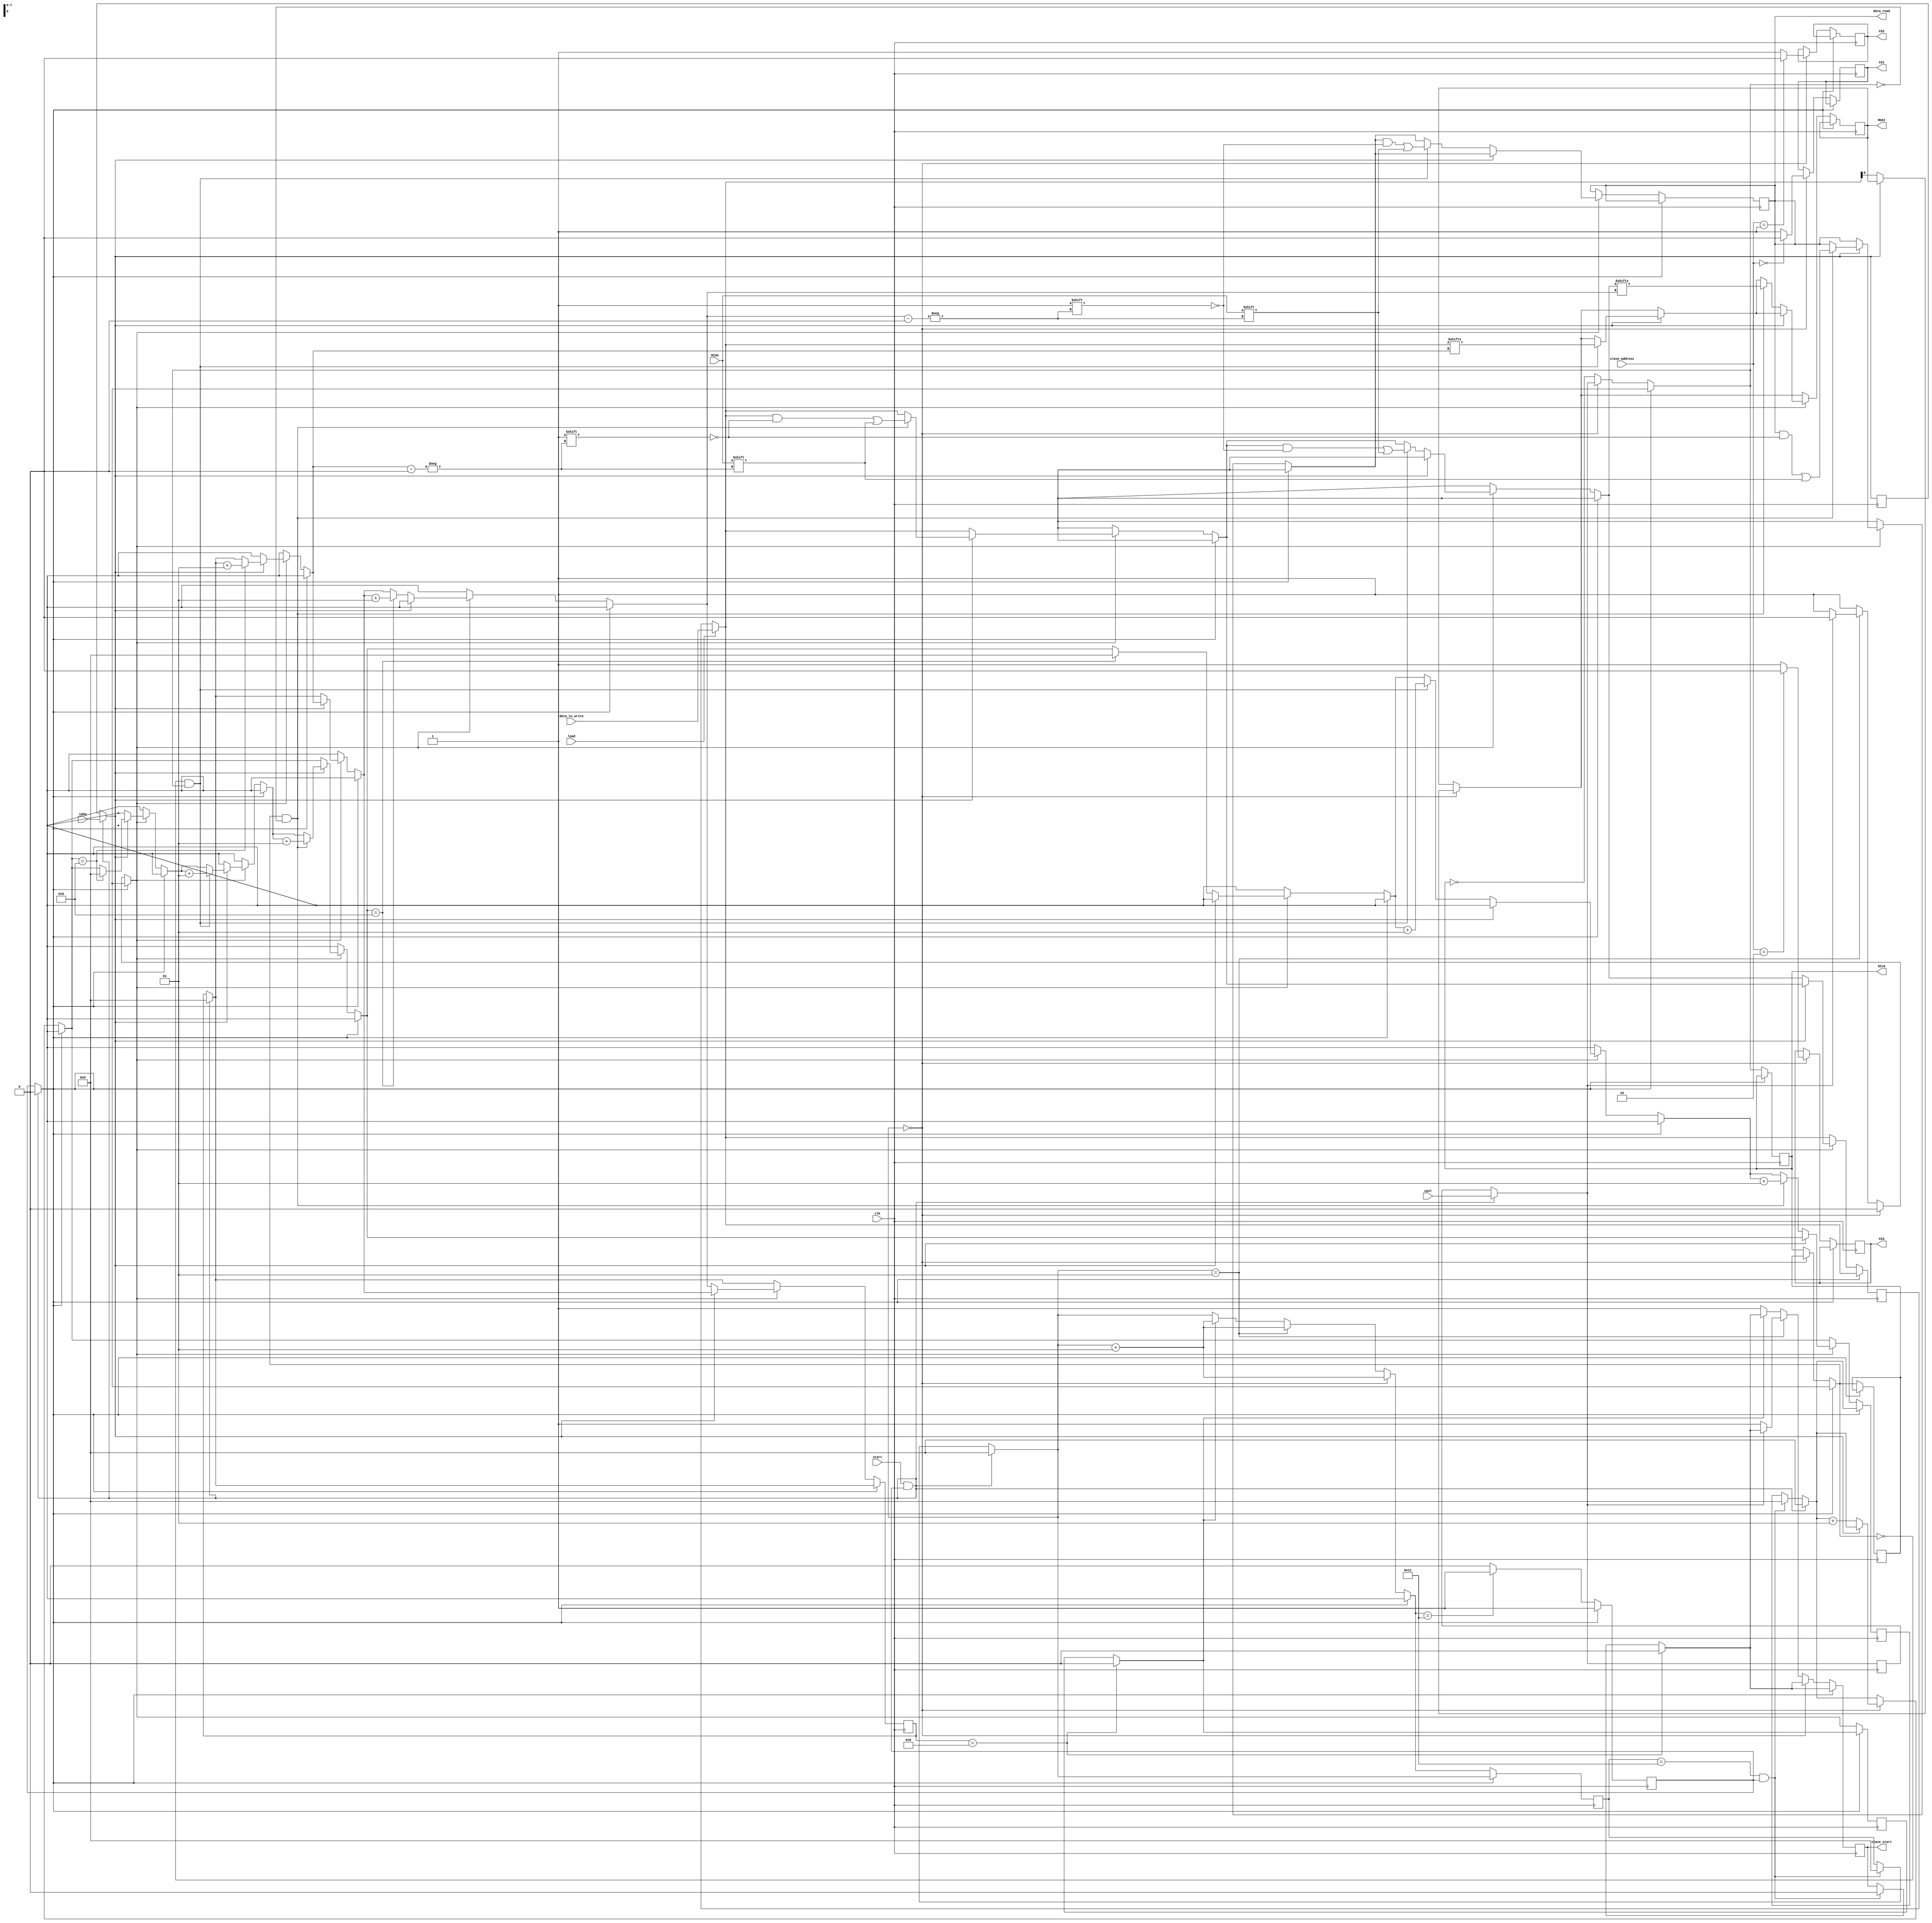
module SPI_Master
                  (input clk ,input start,input load , input [7:0]data_to_write ,
                    input [1:0]slave_address , input cpol , input cpha , 
                    input MISO,

                    output reg SCLK , output reg CS1 , output reg CS2 , output reg CS3,
                    output reg MOSI , output reg [7:0] data_read ,output reg slave_start) ;


reg sampled = 1;
reg sclk_old;
reg communication_flag= 1;
reg CPOL ;
reg CPHA ;
reg [7:0]transmission_buffer ;

integer transmission_iterator =0 ;
integer count = 0;
integer countr = 0;

always @(posedge clk)
begin
if(load)
transmission_buffer = data_to_write;

if(count==17 && communication_flag==1)
begin
slave_start = 0;
count =0;
countr = 0;
end
if(transmission_iterator==8)
begin
sampled=0;
slave_start = 0;
end

if(start && communication_flag)
begin
communication_flag = 0;
countr = 0;
count = 0;
CPOL = cpol;
CPHA = cpha;
transmission_iterator = 0;
end
if(!communication_flag)
begin
    //1-} generating sclk from clk
    Generate_SCLK();

    read_write();
   
end
end
task Generate_SCLK();
begin
        if(count==0) // if it's the start of the communication
        begin
                SCLK=CPOL; // idel state
                count = count+1;
                sampled = 0;
{CS1,CS2,CS3} = 'b111 ;
    case(slave_address)
    0 : CS1 = 0 ;
    1 : CS2 = 0 ;
    2 : CS3 = 0 ;
    endcase
if(!CPHA)
begin
MOSI = transmission_buffer[0];
countr = countr+1;
end
        end
        else
        begin
                sclk_old=SCLK; 
                SCLK = ~SCLK;
                if(count==1)
                begin
                   if(CPOL==1)
                   sampled = 0;
                   else
                   begin
                   slave_start = 1;
                   sampled = 1;
                   end
                   count = count + 1;
                end
                else
                begin
                   if(sampled==0)
                   begin sampled = 1;
                   slave_start = 1;
                   end
                   else
                   count = count+1;
                end
        end
end
endtask

task read_write() ;
begin
	//CPHA == 1 , write on rising edge , read on falling 
if(sampled==1)
begin
	if(CPHA)
	begin

                if(countr ==2)
                begin
                transmission_iterator = transmission_iterator+1;
                countr = 0;
                end

                if(sclk_old == 0 && SCLK == 1 )
	        begin
                       MOSI = transmission_buffer[transmission_iterator] ;
                       countr = countr+1;
                end
	        if(sclk_old == 1 && SCLK == 0)
                begin
                       data_read[transmission_iterator] = MISO ;
                       transmission_buffer[transmission_iterator] = MISO;
                       countr = countr+1;
                end
        
	end

	//CPHA == 0 , read on rising , write on falling but the first bit will be read and sent at the start of the communication
	if(!CPHA)
	begin
                if(countr ==2)
                begin
                transmission_iterator = transmission_iterator+1;
                countr = 0;
                end

                if(sclk_old == 0 && SCLK == 1)
                begin
                     data_read[transmission_iterator] = MISO ;
                     transmission_buffer[transmission_iterator] = MISO;
                     countr = countr+1;
                end
                if (sclk_old == 1 && SCLK == 0 )
	        begin
                       MOSI = transmission_buffer[transmission_iterator] ;
                       countr = countr+1;
                end
               
	end

end
if(count==17)
begin
communication_flag<=1;
end
end
endtask 

endmodule